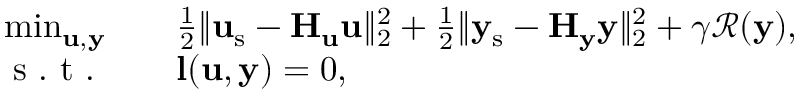
\begin{array} { r l } { \operatorname* { m i n } _ { \mathbf { u } , \mathbf { y } } \quad } & { { } \frac { 1 } { 2 } \| \mathbf { u } _ { \mathrm { s } } - \mathbf { H } _ { \mathbf { u } } \mathbf { u } \| _ { 2 } ^ { 2 } + \frac { 1 } { 2 } \| \mathbf { y } _ { \mathrm { s } } - \mathbf { H } _ { \mathbf { y } } \mathbf { y } \| _ { 2 } ^ { 2 } + \gamma \mathcal { R } ( \mathbf { y } ) , } \\ { \mathrm { ~ s ~ . ~ t ~ . ~ } \quad } & { { } \mathbf { l } ( \mathbf { u } , \mathbf { y } ) = 0 , } \end{array}